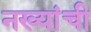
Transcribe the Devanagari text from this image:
नख्यांची